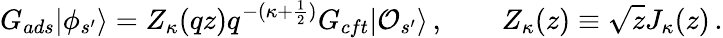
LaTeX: G_{ads}|\phi_{s^{\prime}}\rangle=Z_{\kappa}(qz)q^{-(\kappa+\frac{1}{2})}G_{cft}|{\cal O}_{s^{\prime}}\rangle\, ,\qquad Z_{\kappa}(z)\equiv\sqrt{z}J_{\kappa}(z)\, .